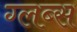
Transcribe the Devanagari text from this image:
ग्लब्स